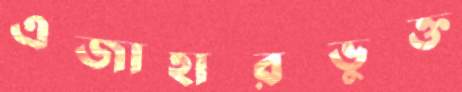
এজাহারভুক্ত